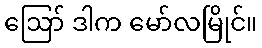
ဪ ဒါက မော်လမြိုင်။